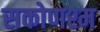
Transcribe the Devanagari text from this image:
सकोणश्म